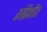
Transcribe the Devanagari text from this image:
रूब्रिकॉडा